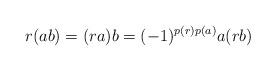
LaTeX: \begin{align*}r(ab)=(ra)b=(-1)^{p(r)p(a)}a(rb)\end{align*}